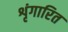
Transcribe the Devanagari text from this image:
शृंगारित